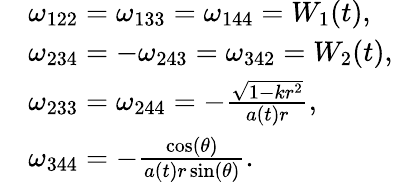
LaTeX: \begin{array}{r}{\begin{array}{rl}&{\omega_{122}=\omega_{133}=\omega_{144}=W_{1}(t),}\\ &{\omega_{234}=-\omega_{243}=\omega_{342}=W_{2}(t),}\\ &{\omega_{233}=\omega_{244}=-\frac{\sqrt{1-kr^{2}}}{a(t)r},}\\ &{\omega_{344}=-\frac{\cos(\theta)}{a(t)r\sin(\theta)}.}\end{array}}\end{array}